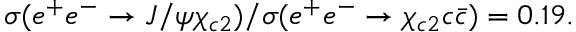
\sigma ( e ^ { + } e ^ { - } \rightarrow J / \psi \chi _ { c 2 } ) / \sigma ( e ^ { + } e ^ { - } \rightarrow \chi _ { c 2 } c \bar { c } ) = 0 . 1 9 .